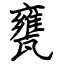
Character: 甕